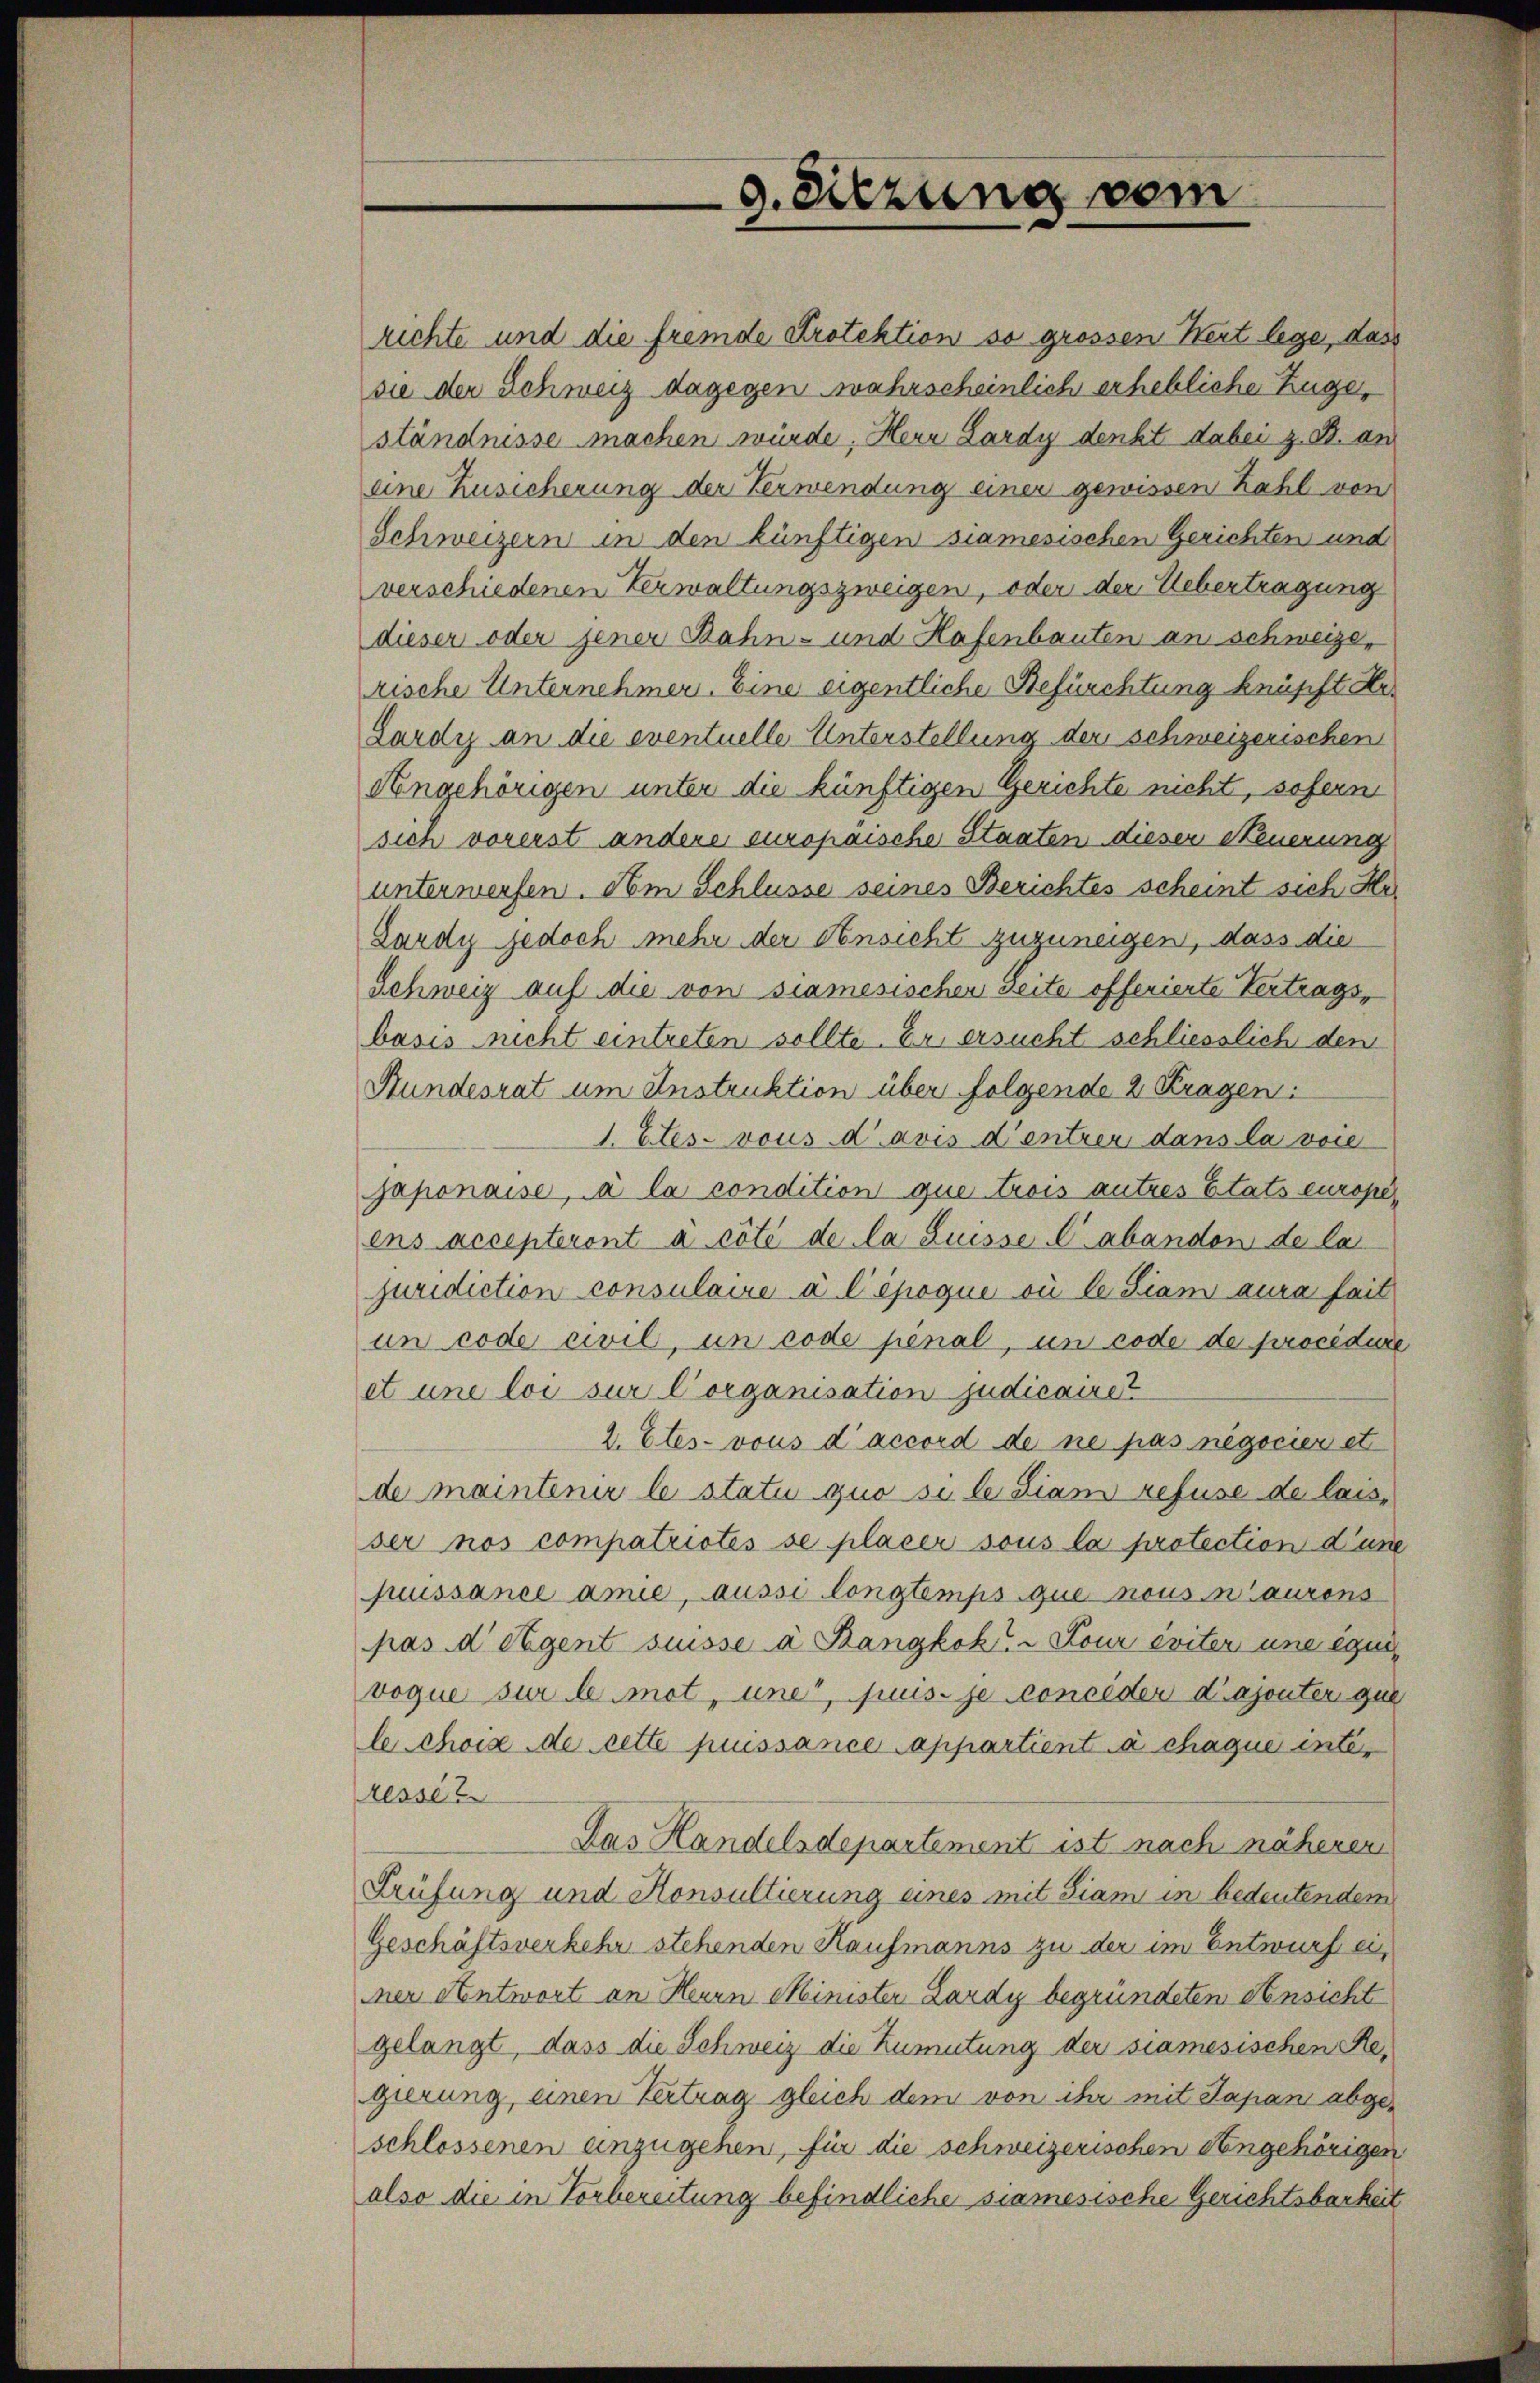
richte und die fremde Protektion so grossen Wert lege, dass
sie der Schweiz dagegen wahrscheinlich erhebliche Zuge,
ständnisse machen würde, Herr Lardy denkt dabei z. B. an
eine Zusicherung der Verwendung einer gewissen Zahl von
Schweizern in den künftigen samesischen Gerichten und
verschiedenen Verwaltungszweigen, oder der Uebertragung
dieser oder jener Bahn- und Hafenbauten an schweizerische Unternehmen. Eine eigentliche Befürchtung knüpft Her
Lardys an die eventuelle Unterstellung der schweizerischen
Angehörigen unter die künftigen Gerichte nicht, sofern
sich vorerst andere europaische Staaten dieser Neuerung
unterwerfen. Am Schlüsse seines Berichtes scheint sich Her
Lardy jedoch mehr der Ansicht zuzuneigen, dass die
Schweiz auf die von siamesischen Seite offerierte Vertragsbasis nicht eintreten sollte. Er ersucht schliesslich den
Bundesrat um Instruktion über folgende 2 Kragen:
1. Etes-vous d. avis d’entrer dans la voie
japonaise, à la condition que trois autres Etats europe
ens accepteront à côté de la Suisse C abandon de la
juridiction consulaire à l’époque où le Siam aura seit
un code civil, un code penal, in code de procédure
et une loi sur Corganisation judicairet
2. Etes-vous d’accord de ne pas negocier et
de maintenir le statu quo si le siani refuse de lais,
ser nos compatrictes se placer sous la protection d’une
jussance amie, aussi longtemps que nous n’aurons
pas d Eigent suisse à Szangkok. Lour éviter une egu
voque sur le mit, uner, suus je consider d’ajouter que
le choix de cette puissance appartient à chaque interesser
Das Handelsdepartement ist nach näheren
Prüfung und Konsultierung eines mit Siam in bedeutendem
Geschäftsverkehr stehenden Kaufmanns zu der im Entwurf einer Antwort an Herrn Minister Lardy begründeten Ansicht
gelangt, dass die Schweiz die Zumutung der samesischen Re-
gierung, einen Vertrag gleich dem von ihr mit Japani abgeschlossenen anzugehen, für die schweizerischen Sengehörigen
also die in Vorbereitung befindliche siamesische Gerichtsbarkeit

g. Sitzung vom